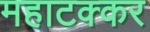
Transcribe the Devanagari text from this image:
महाटक्कर